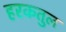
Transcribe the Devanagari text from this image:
हरकतुल